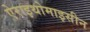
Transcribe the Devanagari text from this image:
ऐराइथोमाइसीन